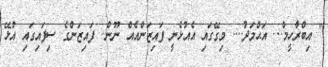
" އިބްރާހީމް... އަޙްމަދު.... މިގޭގައި އެއުޅެނީ ފައިޒަންއެއް ނޫން.. ފައިޒަންގެ ސިފައިގައި އުޅޭ